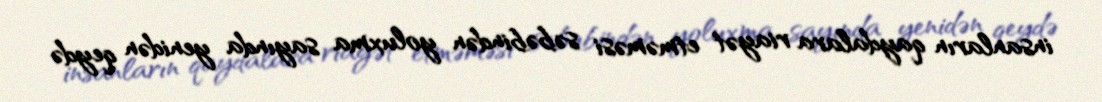
insanların qaydalara riayət etməməsi səbəbindən yoluxma sayında yenidən qeydə